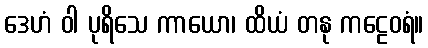
ဒေဟံ ဝါ ပုရိသေ ကာယော၊ ထိယံ တနု ကဠေဝရံ။